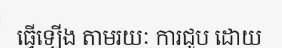
ធ្វើឡើង តាមរយៈ ការជួប ដោយ